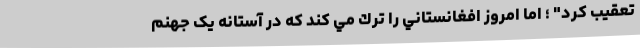
تعقیب کرد" ؛ اما امروز افغانستاني را ترك مي كند که در آستانه یک جهنم